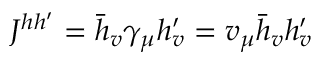
J ^ { h h ^ { \prime } } = \bar { h } _ { v } \gamma _ { \mu } h _ { v } ^ { \prime } = v _ { \mu } \bar { h } _ { v } h _ { v } ^ { \prime }